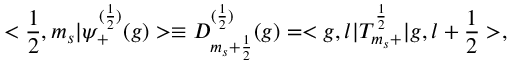
< \frac { 1 } { 2 } , m _ { s } | { \psi } _ { + } ^ { ( \frac { 1 } { 2 } ) } ( g ) > \equiv D _ { m _ { s } + \frac { 1 } { 2 } } ^ { ( \frac { 1 } { 2 } ) } ( g ) = < g , l | T _ { m _ { s } + } ^ { \frac { 1 } { 2 } } | g , l + \frac { 1 } { 2 } > ,